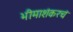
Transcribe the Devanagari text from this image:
भीमाशंकरचं